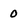
Character: 0